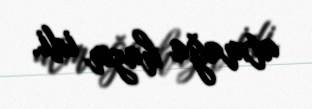
atmağa hazır idi.